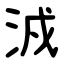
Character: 㳚